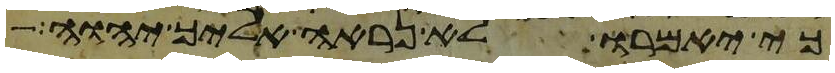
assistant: כי יאמרו לא נראה אליך יהוה